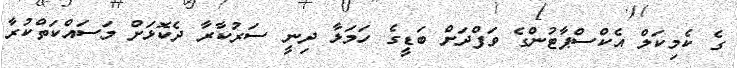
ގެ ކެމިކަލް އެކްސްޕާޓުންގެ ވަފްދަށް ބަޑީގެ ހަމަލާ ދިނީ ސަރުކާރާ ދެކޮޅަށް މަސައްކަތްކުރާ